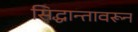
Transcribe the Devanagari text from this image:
सिद्धान्तावरून